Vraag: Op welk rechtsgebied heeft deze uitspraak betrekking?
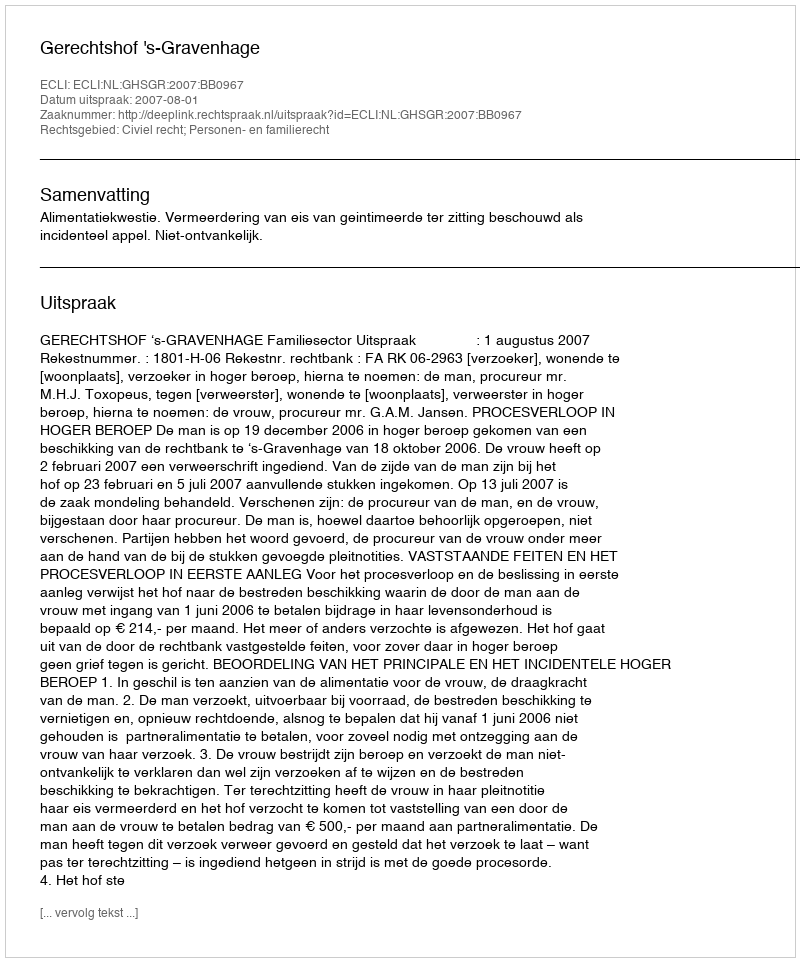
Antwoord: Civiel recht; Personen- en familierecht